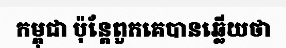
កម្ពុជា ប៉ុន្តែពួកគេបានឆ្លើយថា